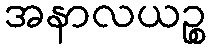
အနာလယဉ္စ